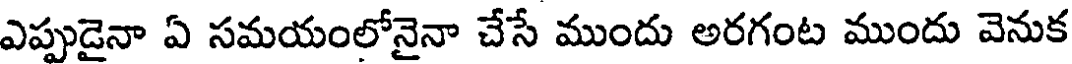
ఎప్పుడైనా ఏ సమయంలోనైనా చేసే ముందు అరగంట ముందు వెనుక